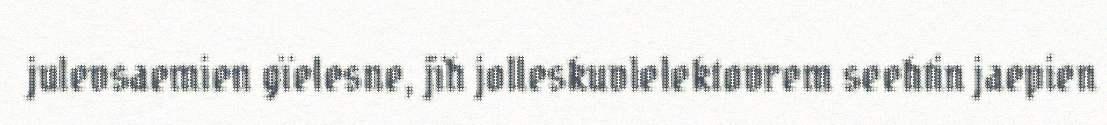
julevsaemien gïelesne, jïh jolleskuvlelektovrem seehtin jaepien